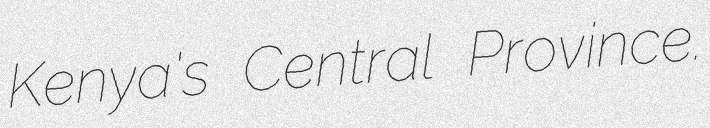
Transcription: Kenya's Central Province.